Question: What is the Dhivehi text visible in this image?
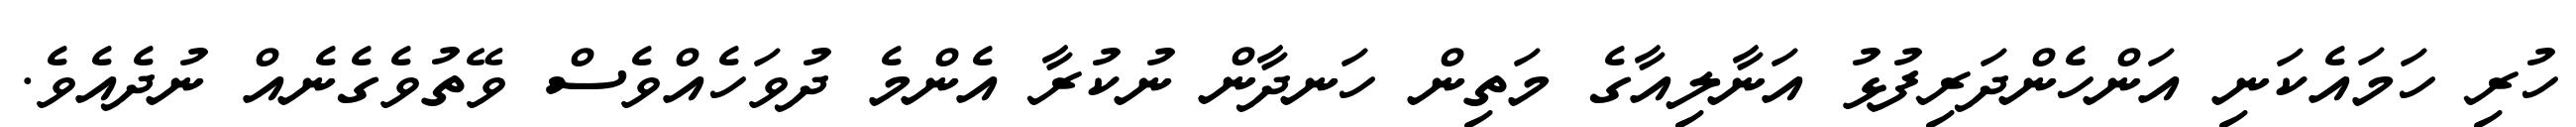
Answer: ހުރި ހަމައެކަނި އަންހެންދަރިފުޅު އަނާލިއާގެ މަތިން ހަނދާން ނުކުރާ އެންމެ ދުވަހެއްވެސް ވޭތުވެގެނެއް ނުދެއެވެ.